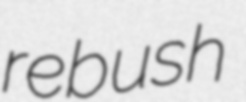
rebush